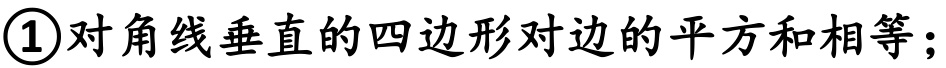
\textcircled{1}对角线垂直的四边形对边的平方和相等；